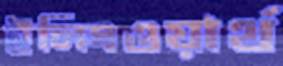
ইলিংওয়ার্থ